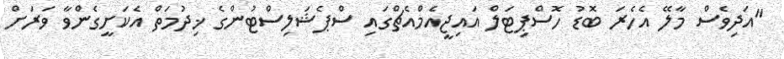
"އަދިވެސް މާލޭ އެހެރަ ބޮޑު ހޮސްޕިޓަލް އައިޖީއެމްއެޗްގައި ސްޕެޝަލިސްޓުންގެ ޚިދުމަތް އެކަށީގެންވާ ވަރަށް